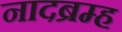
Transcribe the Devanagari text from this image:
नादब्रम्ह